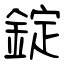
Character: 錠